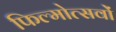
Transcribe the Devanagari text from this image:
फिल्मोत्सवों